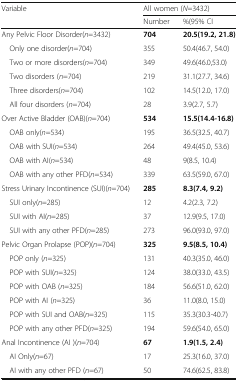
<table><thead><tr><td rowspan="2"><b>Variable</b></td><td colspan="2"><b>All women (<i>N</i>=3432)</b></td></tr><tr><td><b>Number</b></td><td><b>%(95% CI</b></td></tr></thead><tbody><tr><td>Any Pelvic Floor Disorder(<i>n</i>=3432)</td><td><b>704</b></td><td><b>20.5(19.2, 21.8)</b></td></tr><tr><td> Only one disorder(<i>n</i>=704)</td><td>355</td><td>50.4(46.7, 54.0)</td></tr><tr><td> Two or more disorders(<i>n</i>=704)</td><td>349</td><td>49.6(46.0,53.0)</td></tr><tr><td> Two disorders (<i>n</i>=704)</td><td>219</td><td>31.1(27.7, 34.6)</td></tr><tr><td> Three disorders(<i>n</i>=704)</td><td>102</td><td>14.5(12.0, 17.0)</td></tr><tr><td> All four disorders (<i>n</i>=704)</td><td>28</td><td>3.9(2.7, 5.7)</td></tr><tr><td>Over Active Bladder (OAB)(<i>n</i>=704)</td><td><b>534</b></td><td><b>15.5(14.4-16.8)</b></td></tr><tr><td> OAB only(<i>n</i>=534)</td><td>195</td><td>36.5(32.5, 40.7)</td></tr><tr><td> OAB with SUI(<i>n</i>=534)</td><td>264</td><td>49.4(45.0, 53.6)</td></tr><tr><td> OAB with AI(<i>n</i>=534)</td><td>48</td><td>9(8.5, 10.4)</td></tr><tr><td> OAB with any other PFD(<i>n</i>=534)</td><td>339</td><td>63.5(59.0, 67.0)</td></tr><tr><td>Stress Urinary Incontinence (SUI)(<i>n</i>=704)</td><td><b>285</b></td><td><b>8.3(7.4, 9.2)</b></td></tr><tr><td> SUI only(<i>n</i>=285)</td><td>12</td><td>4.2(2.3, 7.2)</td></tr><tr><td> SUI with AI(<i>n</i>=285)</td><td>37</td><td>12.9(9.5, 17.0)</td></tr><tr><td> SUI with any other PFD(<i>n</i>=285)</td><td>273</td><td>96.0(93.0, 97.0)</td></tr><tr><td>Pelvic Organ Prolapse (POP)(<i>n</i>=704)</td><td><b>325</b></td><td><b>9.5(8.5, 10.4)</b></td></tr><tr><td> POP only (<i>n</i>=325)</td><td>131</td><td>40.3(35.0, 46.0)</td></tr><tr><td> POP with SUI(<i>n</i>=325)</td><td>124</td><td>38.0(33.0, 43.5)</td></tr><tr><td> POP with OAB (<i>n</i>=325)</td><td>184</td><td>56.6(51.0, 62.0)</td></tr><tr><td> POP with AI (<i>n</i>=325)</td><td>36</td><td>11.0(8.0, 15.0)</td></tr><tr><td> POP with SUI and OAB(<i>n</i>=325)</td><td>115</td><td>35.3(30.3-40.7)</td></tr><tr><td> POP with any other PFD(<i>n</i>=325)</td><td>194</td><td>59.6(54.0, 65.0)</td></tr><tr><td>Anal Incontinence (AI )(<i>n</i>=704)</td><td><b>67</b></td><td><b>1.9(1.5, 2.4)</b></td></tr><tr><td> AI Only(<i>n</i>=67)</td><td>17</td><td>25.3(16.0, 37.0)</td></tr><tr><td> AI with any other PFD (<i>n</i>=67)</td><td>50</td><td>74.6(62.5, 83.8)</td></tr></tbody></table>